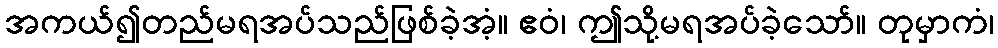
အကယ်၍တည်မရအပ်သည်ဖြစ်ခဲ့အံ့။ ဧဝံ၊ ဤသို့မရအပ်ခဲ့သော်။ တုမှာကံ၊